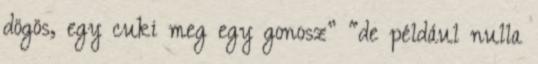
dögös, egy cuki meg egy gonosz” “de például nulla